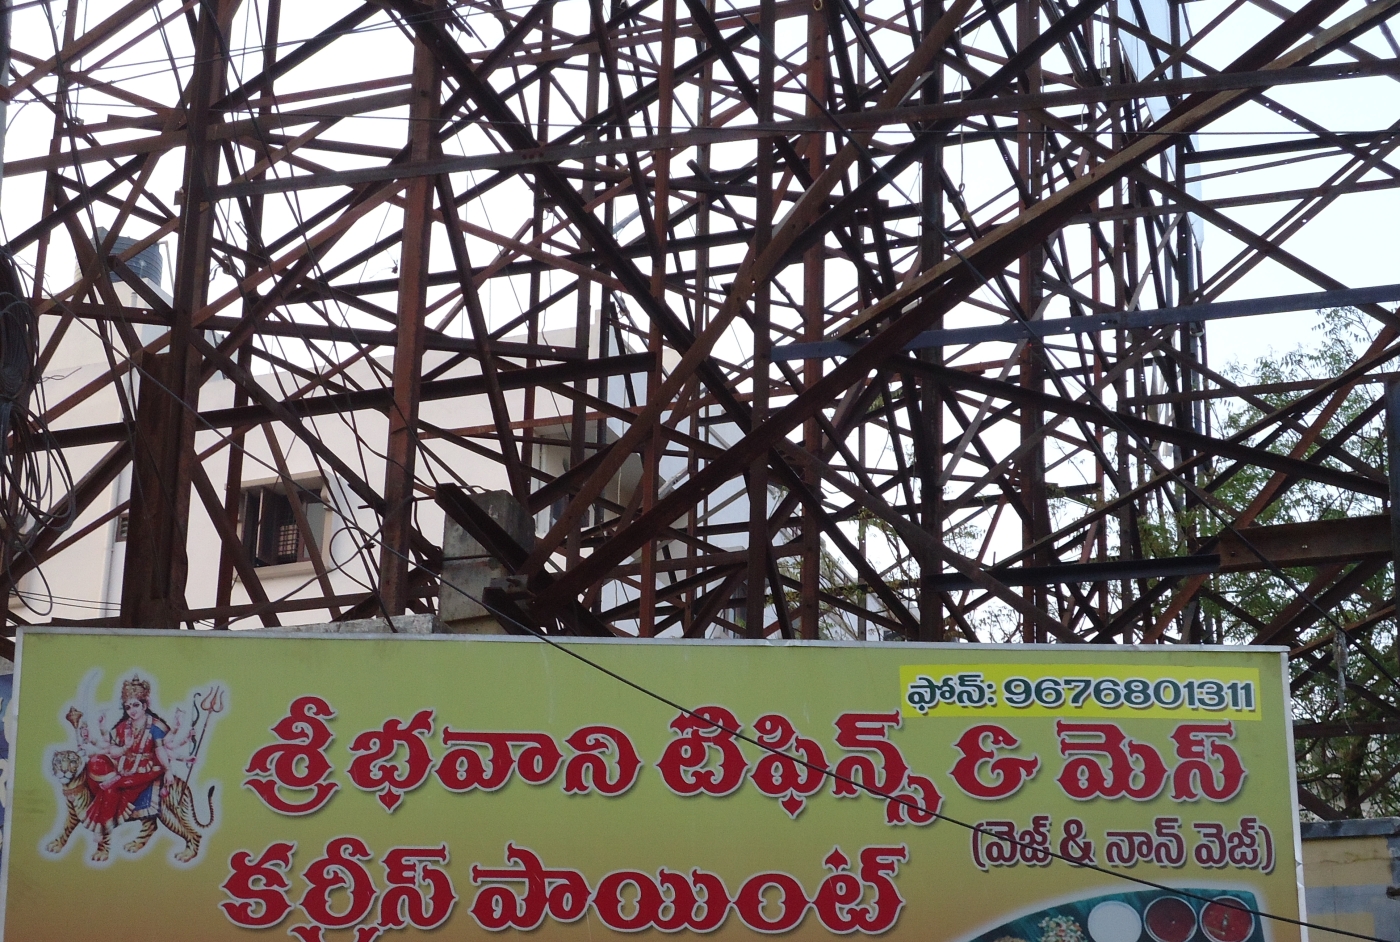
Language: telugu
Transcription: మెస్ టిఫిన్స్ (వెజ్ కర్రీస్ పాయింట్ భవాని